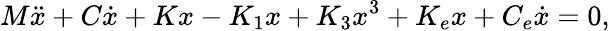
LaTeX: M\ddot{x}+C\dot{x}+Kx-K_{1}x+K_{3}x^{3}+K_{e}x+C_{e}\dot{x}=0,